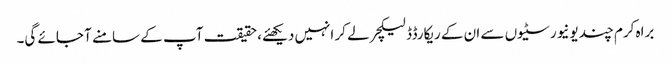
براہ کرم چند یونیورسٹیوں سے ان کے ریکارڈڈ لیکچر لے کر انہیں دیکھئے، حقیقت آپ کے سامنے آ جائے گی۔